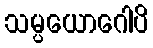
သမ္ပယောဂေါပိ